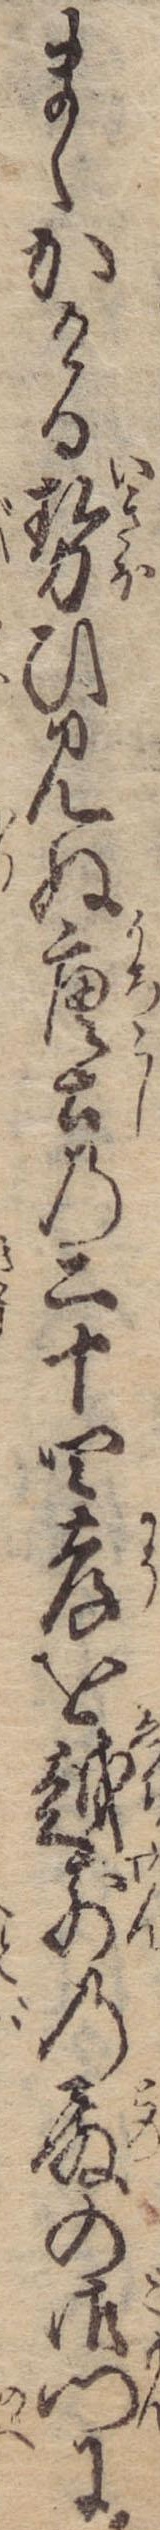
まゝかける勢ひ見ぬ唐士の二十四孝を越前の殿の御門に